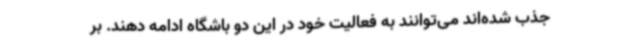
جذب شده‌اند می‌توانند به فعالیت خود در این دو باشگاه ادامه دهند. بر